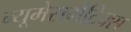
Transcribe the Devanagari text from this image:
न्यूमेसमैटिक्स